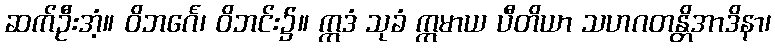
ဆက်ဦးအံ့။ ဝိဘင်္ဂေ၊ ဝိဘင်း၌။ ဣဒံ သုခံ ဣမာယ ပီတိယာ သဟဂတန္တိအာဒိနာ၊